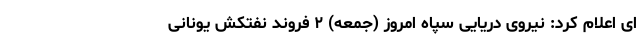
ای اعلام کرد: نیروی دریایی سپاه امروز (جمعه) ۲ فروند نفتکش یونانی